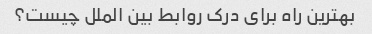
بهترین راه برای درک روابط بین الملل چیست؟